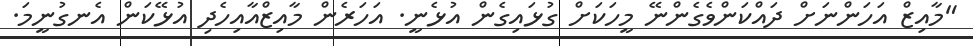
"މާއިޒް އަހަންނަށް ދައްކަންވެގެންނޭ މީހަކަށް ގުޅައިގެން އުޅެނީ. އަހަރެން މާއިޒްއާއިހެދި އުޅޭކަން އެނގުނީމަ.